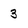
Character: 3